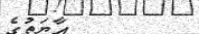
އާޔަތުގެ